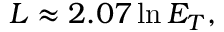
L \approx 2 . 0 7 \ln E _ { T } ,